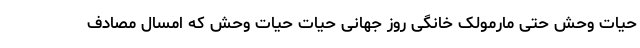
حیات وحش حتی مارمولک خانگی روز جهانی حیات حیات وحش که امسال مصادف